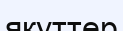
якуттер